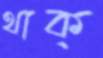
থাক্